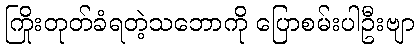
ကြိုးတုတ်ခံရတဲ့သဘောကို ပြောစမ်းပါဦးဗျာ